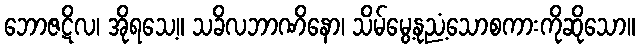
ဘောဇဋိလ၊ အိုရသေ့။ သခိလဘာဏိနော၊ သိမ်မွေ့နုညံ့သောစကားကိုဆိုသော။